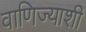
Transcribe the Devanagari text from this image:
वाणिज्याशी